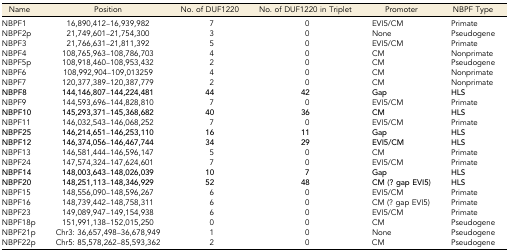
<table><thead><tr><td><b>Name</b></td><td><b>Position</b></td><td><b>No. of DUF1220</b></td><td><b>No. of DUF1220 in Triplet</b></td><td><b>Promoter</b></td><td><b>NBPF Type</b></td></tr></thead><tbody><tr><td>NBPF1</td><td>16,890,412–16,939,982</td><td>7</td><td>0</td><td>EVI5/CM</td><td>Primate</td></tr><tr><td>NBPF2p</td><td>21,749,601–21,754,300</td><td>3</td><td>0</td><td>None</td><td>Pseudogene</td></tr><tr><td>NBPF3</td><td>21,766,631–21,811,392</td><td>5</td><td>0</td><td>EVI5/CM</td><td>Primate</td></tr><tr><td>NBPF4</td><td>108,765,963–108,786,703</td><td>4</td><td>0</td><td>CM</td><td>Nonprimate</td></tr><tr><td>NBPF5p</td><td>108,918,460–108,953,432</td><td>2</td><td>0</td><td>CM</td><td>Pseudogene</td></tr><tr><td>NBPF6</td><td>108,992,904–109,013259</td><td>4</td><td>0</td><td>CM</td><td>Nonprimate</td></tr><tr><td>NBPF7</td><td>120,377,389–120,387,779</td><td>2</td><td>0</td><td>CM</td><td>Nonprimate</td></tr><tr><td><b>NBPF8</b></td><td><b>144,146,807</b>–<b>144,224,481</b></td><td><b>44</b></td><td><b>42</b></td><td><b>Gap</b></td><td><b>HLS</b></td></tr><tr><td>NBPF9</td><td>144,593,696–144,828,810</td><td>7</td><td>0</td><td>EVI5/CM</td><td>Primate</td></tr><tr><td><b>NBPF10</b></td><td><b>145,293,371</b>–<b>145,368,682</b></td><td><b>40</b></td><td><b>36</b></td><td><b>CM</b></td><td><b>HLS</b></td></tr><tr><td>NBPF11</td><td>146,032,543–146,068,252</td><td>7</td><td>0</td><td>EVI5/CM</td><td>Primate</td></tr><tr><td><b>NBPF25</b></td><td><b>146,214,651</b>–<b>146,253,110</b></td><td><b>16</b></td><td><b>11</b></td><td><b>Gap</b></td><td><b>HLS</b></td></tr><tr><td><b>NBPF12</b></td><td><b>146,374,056</b>–<b>146,467,744</b></td><td><b>34</b></td><td><b>29</b></td><td><b>EVI5/CM</b></td><td><b>HLS</b></td></tr><tr><td>NBPF13</td><td>146,581,444–146,596,147</td><td>5</td><td>0</td><td>CM</td><td>Primate</td></tr><tr><td>NBPF24</td><td>147,574,324–147,624,601</td><td>7</td><td>0</td><td>EVI5/CM</td><td>Primate</td></tr><tr><td><b>NBPF14</b></td><td><b>148,003,643</b>–<b>148,026,039</b></td><td><b>10</b></td><td><b>7</b></td><td><b>Gap</b></td><td><b>HLS</b></td></tr><tr><td><b>NBPF20</b></td><td><b>148,251,113</b>–<b>148,346,929</b></td><td><b>52</b></td><td><b>48</b></td><td><b>CM (? gap EVI5)</b></td><td><b>HLS</b></td></tr><tr><td>NBPF15</td><td>148,556,090–148,596,267</td><td>6</td><td>0</td><td>EVI5/CM</td><td>Primate</td></tr><tr><td>NBPF16</td><td>148,739,442–148,758,311</td><td>6</td><td>0</td><td>CM (? gap EVI5)</td><td>Primate</td></tr><tr><td>NBPF23</td><td>149,089,947–149,154,938</td><td>6</td><td>0</td><td>EVI5/CM</td><td>Primate</td></tr><tr><td>NBPF18p</td><td>151,991,138–152,015,250</td><td>0</td><td>0</td><td>CM</td><td>Pseudogene</td></tr><tr><td>NBPF21p</td><td>Chr3: 36,657,498–36,678,949</td><td>1</td><td>0</td><td>None</td><td>Pseudogene</td></tr><tr><td>NBPF22p</td><td>Chr5: 85,578,262–85,593,362</td><td>2</td><td>0</td><td>CM</td><td>Pseudogene</td></tr></tbody></table>